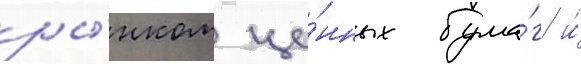
ры́нком це́нных бума́г и́